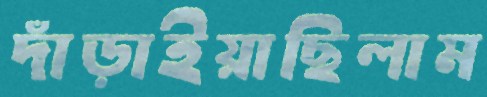
দাঁড়াইয়াছিলাম